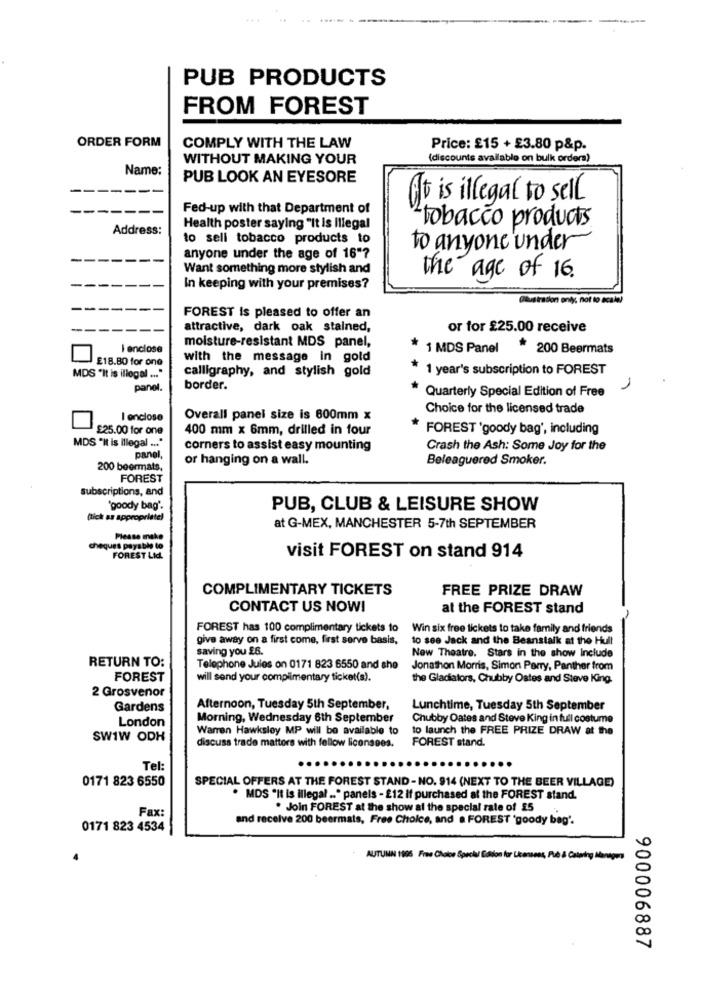
PUB PRODUCTS
FROM FOREST
ORDER FORM
COMPLY WITH THE LAW
Price: £15 + £3.80 p&p.
WITHOUT MAKING YOUR
(discounts available on bulk orders)
Name:
PUB LOOK AN EYESORE
-
It is illegal to sell
--
--
Fed-up with that Department of
tobacco products
Address:
Health poster saying "It is Illegal
to sell tobacco products to
to anyone under
-
anyone under the age of 16"?
Want something more stylish and
the age of 16.
In keeping with your premises?
Paustration only, not to scale)
FOREST Is pleased to offer an
attractive, dark oak stained,
or for £25.00 receive
I enclose
moisture-resistant MDS panel,
1 MDS Panel
* 200 Beermats
£18.80 for one
with the message in gold
calligraphy, and stylish gold
1 year's subscription to FOREST
MDS "It is illegal ... "
panel.
border.
Quarterly Special Edition of Free
Choice for the licensed trade
I enclose
Overall panel size is 600mm x
£25.00 for one
400 mm x 6mm, drilled in four
FOREST 'goody bag', including
MDS "it is illegal ... "
corners to assist easy mounting
Crash the Ash: Some Joy for the
panel,
or hanging on a wall.
Beleaguered Smoker.
200 beermats.
FOREST
subscriptions, and
'goody bag'.
PUB, CLUB & LEISURE SHOW
(lick as appropriate)
at G-MEX, MANCHESTER 5-7th SEPTEMBER
Please make
cheques payable to
FOREST Lid.
visit FOREST on stand 914
COMPLIMENTARY TICKETS
FREE PRIZE DRAW
CONTACT US NOW!
at the FOREST stand
FOREST has 100 complimentary tickets to
Win six free tickets to take family and friends
give away on a first come, first serve basis,
to see Jack and the Beanstalk at the Hull
saving you £6.
New Theatre. Stars in the show Include
RETURN TO:
Telephone Jules on 0171 823 6550 and she
Jonathon Morris, Simon Perry, Panther from
FOREST
will send your complimentary ticket(s).
the Gladiators, Chubby Oates and Steve King.
2 Grosvenor
Gardens
Afternoon, Tuesday 5th September,
Lunchtime, Tuesday 5th September
London
Morning, Wednesday 6th September
Chubby Dates and Steve King in full costume
Warren Hawksley MP will be available to
to launch the FREE PRIZE DRAW at the
SW1W ODH
FOREST stand.
discuss trade matters with fellow licensees.
Tel:
0171 823 6550
SPECIAL OFFERS AT THE FOREST STAND - NO. 914 (NEXT TO THE BEER VILLAGE)
. MDS "It is illegal .. " panels - £12 if purchased at the FOREST stand.
Fax:
. Join FOREST at the show at the special rate of £5
and receive 200 beermats, Free Choice, and a FOREST 'goody bag'.
0171 823 4534
AUTUMN 1905 Free Choice Special Edition for Licensees, Pub & Catering Manager
900006887